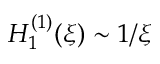
{ H _ { 1 } ^ { ( 1 ) } ( \xi ) \sim 1 / \xi }